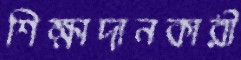
শিক্ষাদানকারী